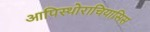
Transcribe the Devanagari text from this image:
आपिस्थोराचियासिस